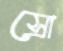
স্রো